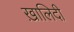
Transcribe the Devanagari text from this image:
ख़ालिदी